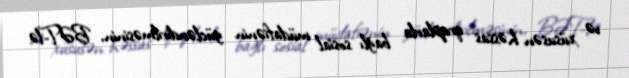
və xüsusən həssas qruplarla bağlı sosial müdafiənin gücləndirilməsinin, BƏT-lə